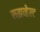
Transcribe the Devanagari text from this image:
रुझव्हेल्ट